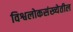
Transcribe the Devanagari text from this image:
विश्वलोकसंख्येतील